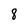
Character: 8